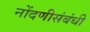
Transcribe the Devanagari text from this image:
नोंदणीसंबंधी